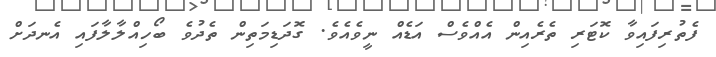
ފެތުރިފައިވާ ކޮޓަރި ތެރެއިން އެއްވެސް އަޑެއް ނީވެއެވެ. ގޮދަޑިމަތިން ތެދުވެ ބޯހިއްލާލާފައި އެނދަށް